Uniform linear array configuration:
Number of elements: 64
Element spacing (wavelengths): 0.75
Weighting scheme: exponential
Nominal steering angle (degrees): -15
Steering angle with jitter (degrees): -14.365
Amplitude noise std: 0.05
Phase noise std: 0.05

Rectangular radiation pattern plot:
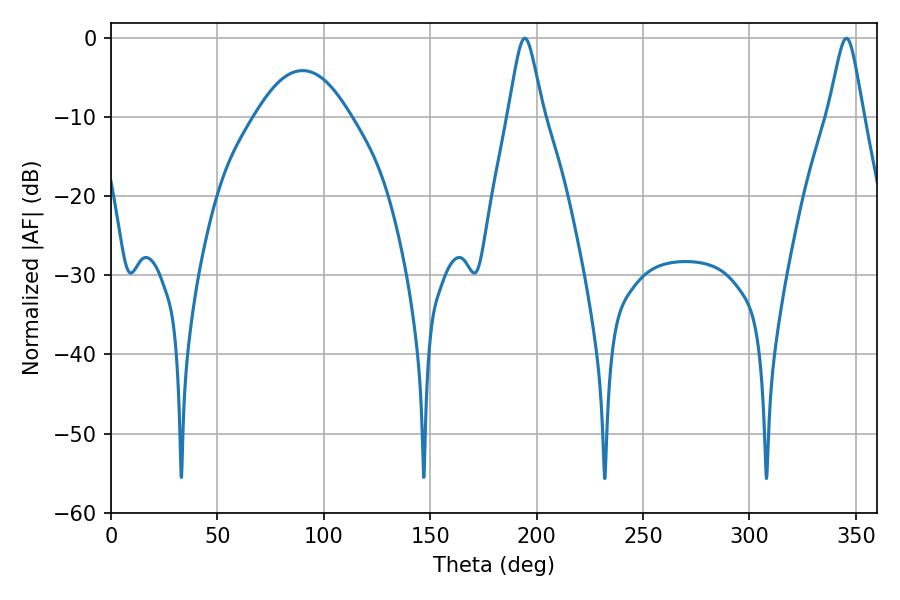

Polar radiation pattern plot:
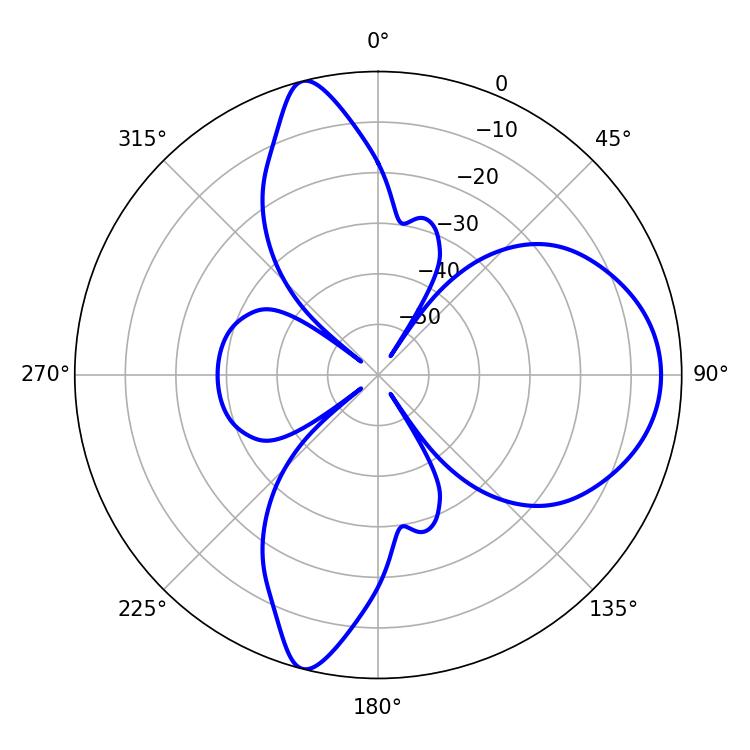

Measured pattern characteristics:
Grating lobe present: TRUE
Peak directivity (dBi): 11.368
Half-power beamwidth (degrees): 7.92
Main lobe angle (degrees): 194.4